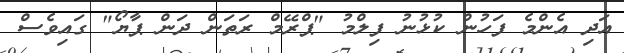
އަދި އެންމެ ފަހުން ކުޅުނު ފިލްމު "ޕްރޭމް ރަތަން ދަން ޕާޔޯ" ގައިވެސް